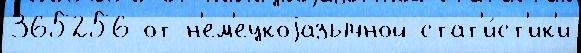
365256 от н'ем'ецкоjазычной стат'и́ст'ик'и